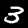
Label: 3